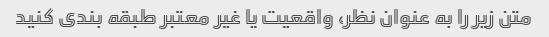
متن زیر را به عنوان نظر، واقعیت یا غیر معتبر طبقه بندی کنید